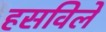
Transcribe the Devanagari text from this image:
हसविले